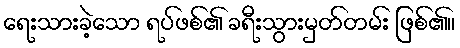
ရေးသားခဲ့သော ရပ်ဖစ်၏ ခရီးသွားမှတ်တမ်း ဖြစ်၏။